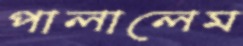
পালালেম